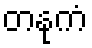
တနုကံ